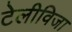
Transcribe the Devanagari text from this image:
टेलीविजा